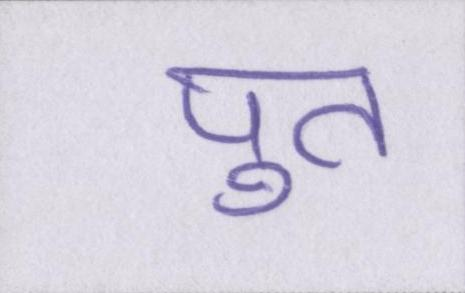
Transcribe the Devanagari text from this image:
पुत